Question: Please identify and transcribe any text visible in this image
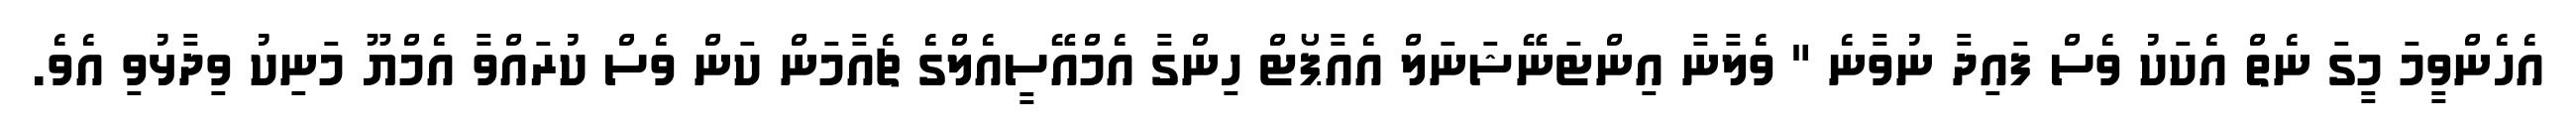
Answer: އެހެންވީމަ މީގަ ނެތް އެކަކު ވެސް ފައިދާ ނުވާނެ " ވެލާނާ އިންޓަނޭޝަނަލް އެއާޕޯޓް ހިންގާ އެމްއޭސީއެލްގެ ޗެއާމަން ކަން ވެސް ކުރައްވާ އެމްޔޫ މަނިކު ވިދާޅުވި އެވެ.